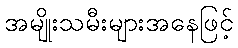
အမျိုးသမီးများအနေဖြင့်